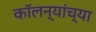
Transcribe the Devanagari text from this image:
कॉलन्यांच्या